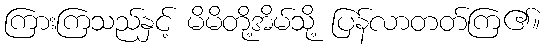
ကြားကြသည်နှင့် မိမိတို့အိမ်သို့ ပြန်လာတတ်ကြ၏။